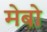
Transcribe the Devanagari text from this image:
मेबो